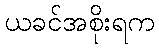
ယခင်အစိုးရက